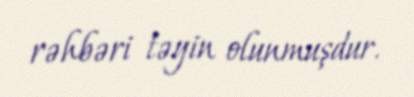
rəhbəri təyin olunmuşdur.